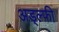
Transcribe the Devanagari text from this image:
अड्ल्फी